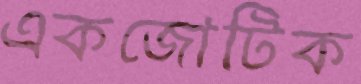
একজোটিক